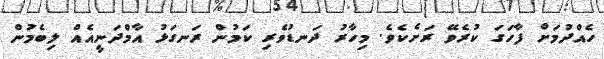
ހެއްދުމަށް ފާހަގަ ކުރެވޭ ރަށެކެވެ. މިހާރު ދަނޑުވެރި ކަމުން ރަނގަޅު އާމްދަނީއެއް ލިބެމުން